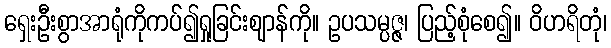
ရှေးဦးစွာအာရုံကိုကပ်၍ရှုခြင်းဈာန်ကို။ ဥပသမ္ပဇ္ဇ၊ ပြည့်စုံစေ၍။ ဝိဟရိတုံ၊